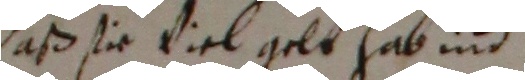
daß sie viel gelt hab ind